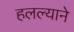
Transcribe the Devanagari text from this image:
हलल्याने